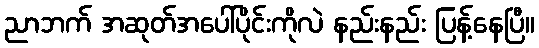
ညာဘက် အဆုတ်အပေါ်ပိုင်းကိုလဲ နည်းနည်း ပြန့်နေပြီ။